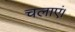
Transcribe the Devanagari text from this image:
चलाएं।